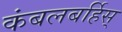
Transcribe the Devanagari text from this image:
कंबलबर्हिस्